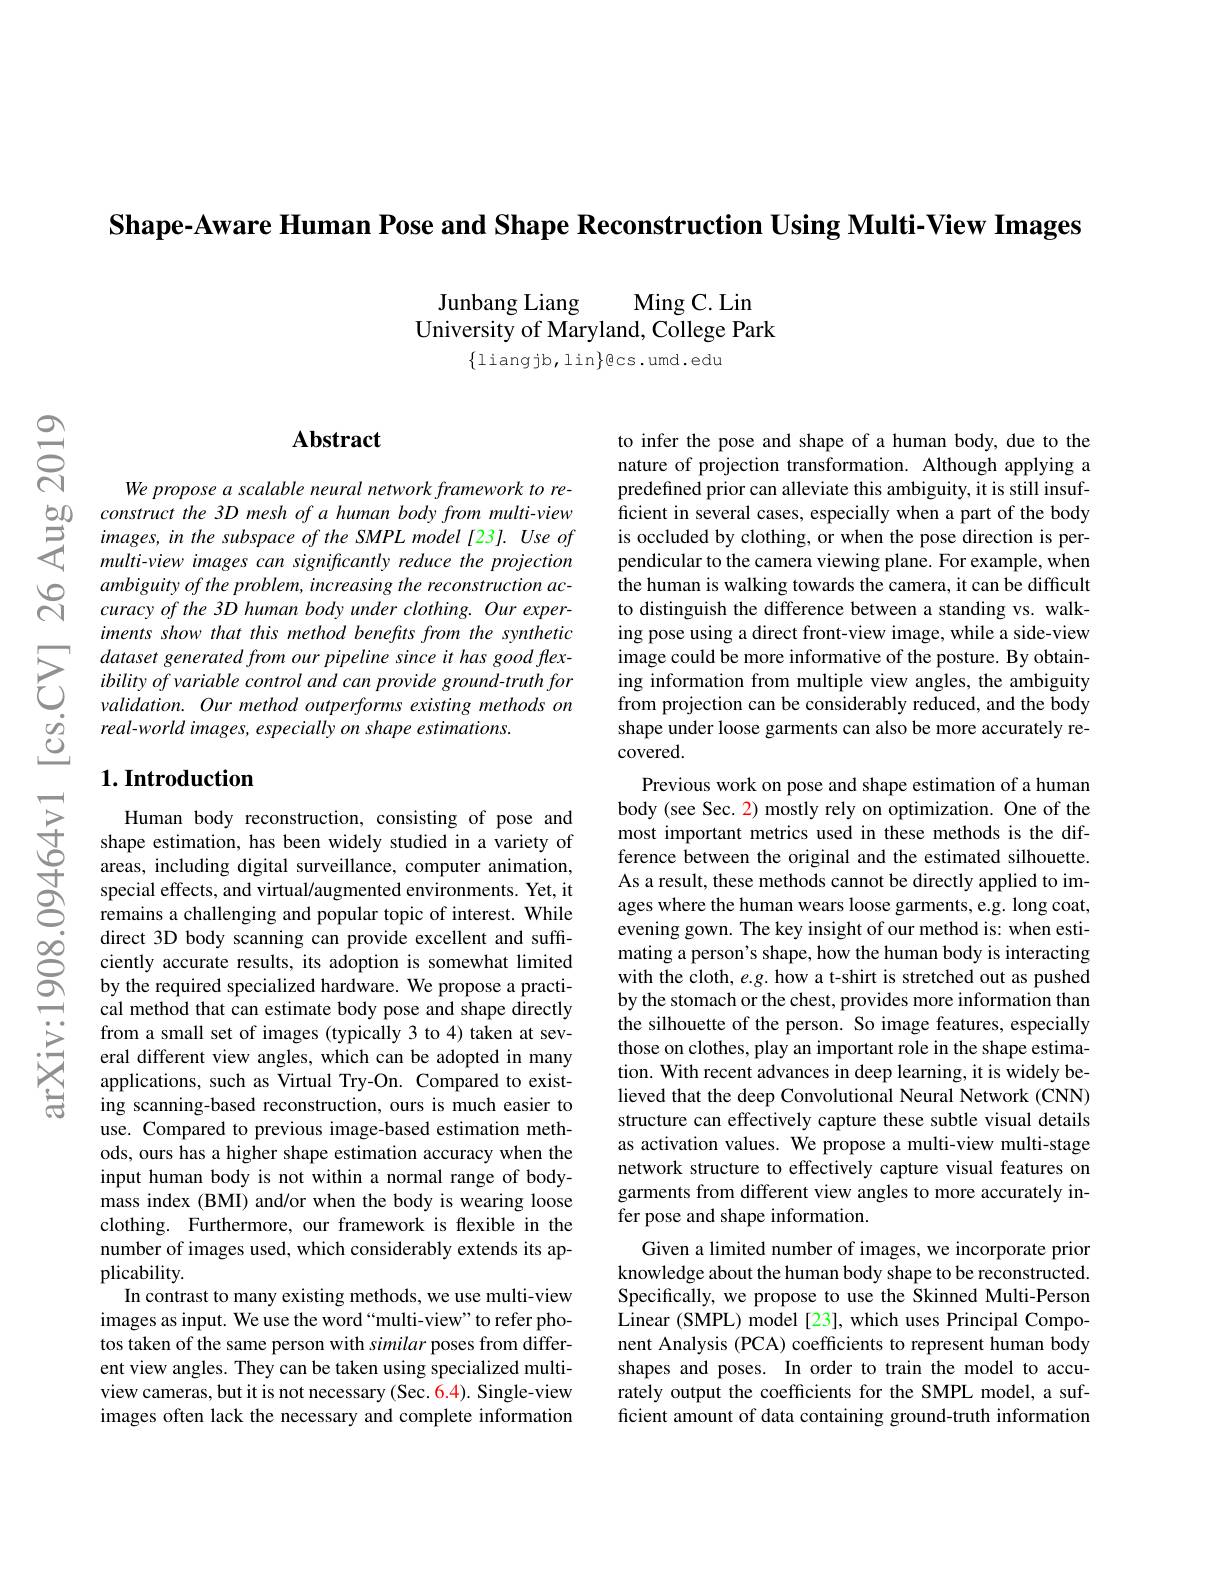
Shape-Aware Human Pose and Shape Reconstruction Using Multi-View Images

Ming C. Lin
Junbang Liang
University of Maryland, College Park
$\{$liangjb,lin$\}$ecs.umd.edu

$సి$

$ਨ੍તਿ$

## Abstract

We propose a scalable neural network framework to re-
$\begin{array}{ccc}{50}&{construct~the~3D~mesh~of~a~human~body~from~multi-view}\\{5}&{images,in~the~subspace~of~the~SMPL~model~[23].~Use~of}\\{5}&{multi-view~images~can~significantlv~reduce~the~projection}\end{array}$
multi-view images can significantly reduce the projection ambiguity of the problem, increasing the reconstruction accuracy of the 3D human body under clothing. Our experiments show that this method benefits from the synthetic
$\sum_{\begin{array}{cc}&\text{dataset generated from our pipeline since it has good flex-}\\\text{已}&\text{ibility of variable control and can provide ground-ruth for}\\\text{g}&\text{reali-world images, especially on shape estimations.}\\\text{g}&\text{real-world images, especially on shape estimations.}\end{array}}$

### $1. \textbf{Introduction}$

Human body reconstruction, consisting of pose and shape estimation, has been widely studied in a variety of areas, including digital surveillance, computer animation, special effects, and virtual/augmented environments. Yet, it remains a challenging and popular topic of interest. While direct 3D body scanning can provide excellent and suffciently accurate results, its adoption is somewhat limited by the required specialized hardware. We propose a practical method that can estimate body pose and shape directly from a small set of images (typically 3 to 4) taken at several different view angles, which can be adopted in many applications, such as Virtual Try-On. Compared to existing scanning-based reconstruction, ours is much easier to use. Compared to previous image-based estimation methods, ours has a higher shape estimation accuracy when the input human body is not within a normal range of bodymass index (BMI) and/or when the body is wearing loose clothing. Furthermore, our framework is flexible in the number of images used, which considerably extends its applicability.
In contrast to many existing methods, we use multi-view images as input. We use the word “multi-view”to refer photos taken of the same person with similar poses from different view angles. They can be taken using specialized multiview cameras, but it is not necessary (Sec. 6.4). Single-view images often lack the necessary and complete information

to infer the pose and shape of a human body, due to the nature of projection transformation. Although applying a predefined prior can alleviate this ambiguity, it is still insufficient in several cases, especially when a part of the body is occluded by clothing, or when the pose direction is perpendicular to the camera viewing plane. For example, when the human is walking towards the camera, it can be difficult to distinguish the difference between a standing vs. walking pose using a direct front-view image, while a side-view image could be more informative of the posture. By obtaining information from multiple view angles, the ambiguity from projection can be considerably reduced, and the body shape under loose garments can also be more accurately re- $covered.$
Previous work on pose and shape estimation of a human body (see Sec. 2) mostly rely on optimization. One of the most important metrics used in these methods is the difference between the original and the estimated silhouette. As a result, these methods cannot be directly applied to images where the human wears loose garments, e.g. long coat, evening gown. The key insight of our method is: when estimating a person's shape, how the human body is interacting with the cloth, e.g. how a t-shirt is stretched out as pushed by the stomach or the chest, provides more information than the silhouette of the person. So image features, especially those on clothes, play an important role in the shape estimation. With recent advances in deep learning, it is widely believed that the deep Convolutional Neural Network (CNN) structure can effectively capture these subtle visual details as activation values. We propose a multi-view multi-stage network structure to effectively capture visual features on garments from different view angles to more accurately infer pose and shape information.
Given a limited number of images, we incorporate prior knowledge about the human body shape to be reconstructed. Specifically, we propose to use the Skinned Multi-Person Linear (SMPL) model [23], which uses Principal Component Analysis (PCA) coefficients to represent human body shapes and poses. In order to train the model to accurately output the coefficients for the SMPL model, a sufficient amount of data containing ground-truth information